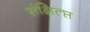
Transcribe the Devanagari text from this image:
संक्षित्प्त